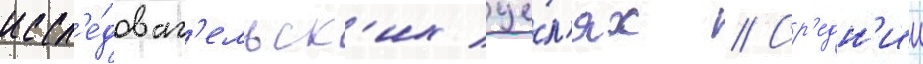
иссл'е́доват'ельск'их це́л'ях // Ср'едн'ии